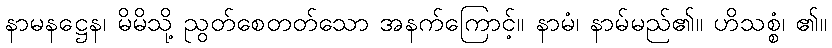
နာမနဋ္ဌေန၊ မိမိသို့ ညွတ်စေတတ်သော အနက်ကြောင့်။ နာမံ၊ နာမ်မည်၏။ ဟိသစ္စံ၊ ၏။